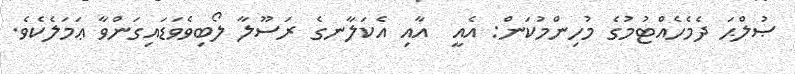
ޞުލްޙަ ދެމެހެއްޓުމުގެ މުހިންމުކަން: އެއީ  އާއި އެކަލާނގެ ރަސޫލާ ލޯބިވެވަޑައިގަންވާ ޢަމަލެކެވެ.